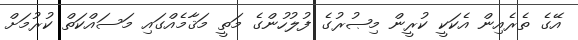
އޭގެ ތެރެއިން އެކަކީ ކުރީން މިޞުރުގެ ފުލުހުންގެ މަތީ މަޤާމެއްގައި މަސައްކަތް ކުރުމަށް